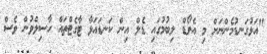
"އަޅުގަނޑުމެންނަށް މި އެވޯޑް ލިބުމުގައި ޑެލް އިން ކަނޑައަޅާ ޓާގެޓްތައް ހާސިލްވުން ވެސް